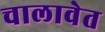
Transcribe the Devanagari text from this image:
चालावेत